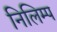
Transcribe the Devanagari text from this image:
निलिम्प